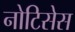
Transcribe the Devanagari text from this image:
नोटिसेस